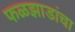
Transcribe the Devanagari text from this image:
फळझाडांचा